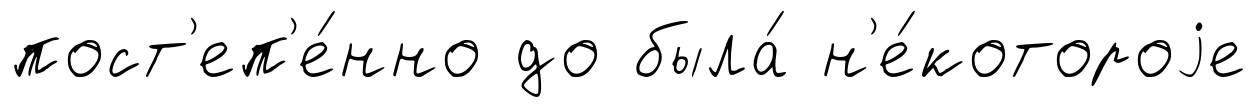
пост'еп'е́нно до была́ н'е́котороjе